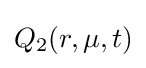
Q_{2}(r,\mu ,t)